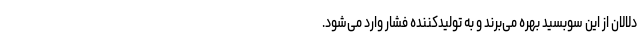
دلالان از این سوبسید بهره می‌برند و به تولیدکننده فشار وارد می‌شود.